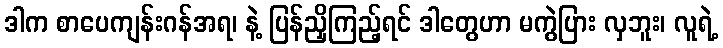
ဒါက စာပေကျန်းဂန်အရ၊ နဲ့ ပြန်ညှိကြည့်ရင် ဒါတွေဟာ မကွဲပြား လှဘူး၊ လူရဲ့